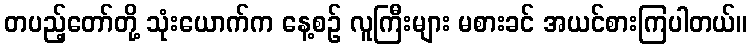
တပည့်တော်တို့ သုံးယောက်က နေ့စဉ် လူကြီးများ မစားခင် အယင်စားကြပါတယ်။